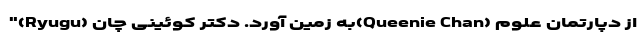
"(Ryugu) به زمین آورد. دکتر کوئینی چان(Queenie Chan) از دپارتمان علوم